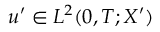
u ^ { \prime } \in L ^ { 2 } ( 0 , T ; X ^ { \prime } )